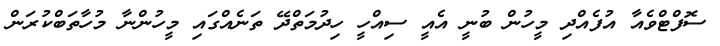
ސޮފްޓްވެއާ އުފެއްދި މީހުން ބުނީ އެއީ ސިއްހީ ހިދުމަތްދޭ ތަނެއްގައި މީހުންނާ މުހާތަބްކުރަން